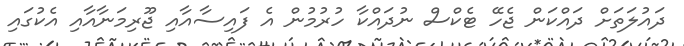
ދައުލަތަށް ދައްކަން ޖެހޭ ޓެކްސް ނުދައްކާ ހުރުމުން އެ ފައިސާއާއި ޖޫރިމަނާއާއި އެކުގައި